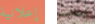
إعلانية جعلتهم